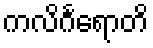
ကလိင်္ဂရောတိ